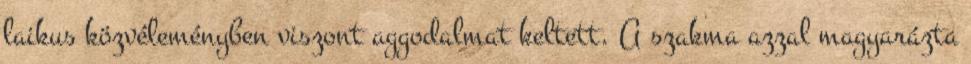
laikus közvéleményben viszont aggodalmat keltett. A szakma azzal magyarázta